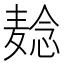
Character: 𬹌